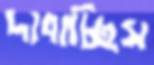
দাবাচ্ছিস